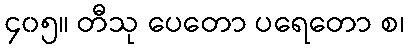
၄၀၅။ တီသု ပေတော ပရေတော စ၊